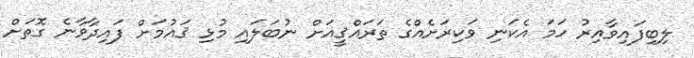
ލިބިފައިވާއިރު ހަމަ އެކަނި ވަކިރަށެއްގެ ތަރައްޤީއަށް ނުބަލައި މުޅި ޤައުމަށް ފައިދާވާނެ ގޮތަށް